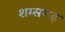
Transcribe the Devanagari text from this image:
शम्सगढ़